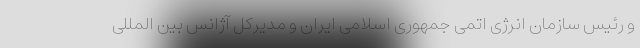
و رئیس سازمان انرژی اتمی جمهوری اسلامی ایران و مدیرکل آژانس بین المللی